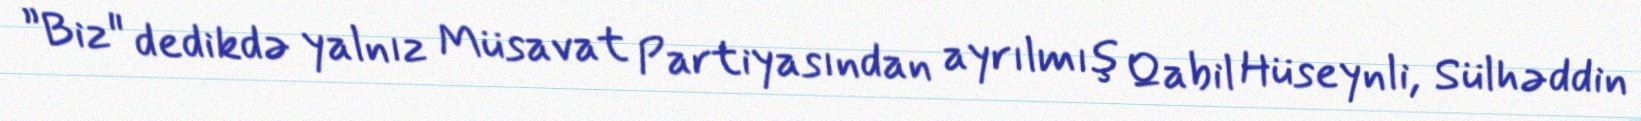
”Biz" dedikdə yalnız Müsavat Partiyasından ayrılmış Qabil Hüseynli, Sülhəddin